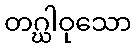
တဂ္ဃါဝုသော